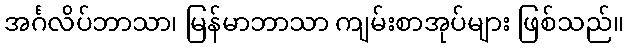
အင်္ဂလိပ်ဘာသာ၊ မြန်မာဘာသာ ကျမ်းစာအုပ်များ ဖြစ်သည်။